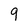
Character: 9